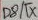
Text: D8/TX